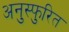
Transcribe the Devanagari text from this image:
अनुस्फुरित